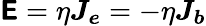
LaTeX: \boldsymbol{\mathsf{E}}=\eta\boldsymbol{J_{e}}=-\eta\boldsymbol{J_{b}}